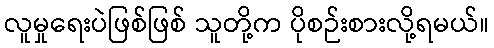
လူမှုရေးပဲဖြစ်ဖြစ် သူတို့က ပိုစဉ်းစားလို့ရမယ်။